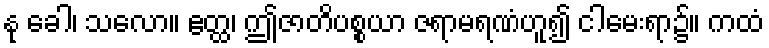
နု ခေါ၊ သလော။ ဧတ္ထ၊ ဤဇာတိပစ္စယာ ဇရာမရဏံဟူ၍ ငါမေးရာ၌။ ကထံ